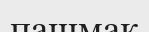
пашмак